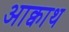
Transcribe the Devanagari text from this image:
आक्वाथ